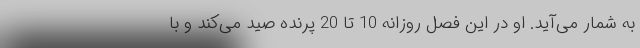
به شمار می‌آید. او در این فصل روزانه 10 تا 20 پرنده صید می‌کند و با